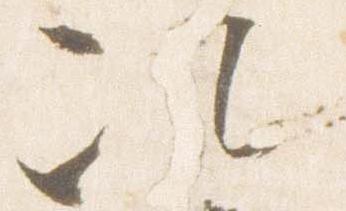
次